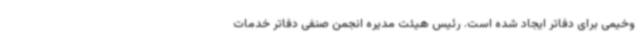
وخیمی برای دفاتر ایجاد شده است. رئیس هیئت مدیره انجمن صنفی دفاتر خدمات